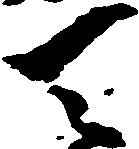
天